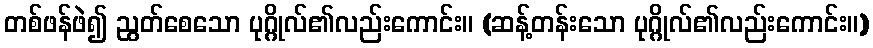
တစ်ဖန်ဖဲ၍ ညွတ်စေသော ပုဂ္ဂိုလ်၏လည်းကောင်း။ (ဆန့်တန်းသော ပုဂ္ဂိုလ်၏လည်းကောင်း။)